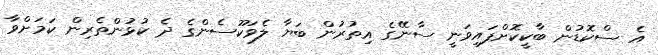
އެ ސްކޮޑުން ބާކީކޮށްފައިވަނީ ސާނޭގެ އިތުރުން ބަޔާ ލެވަކޫސެންގެ ދެ ކުޅުންތެރިން ކަމަށްވާ